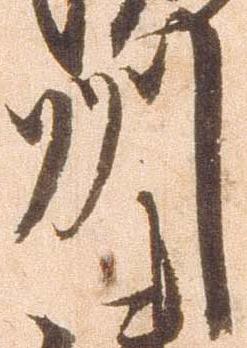
州